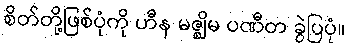
စိတ်တို့ဖြစ်ပုံကို ဟီန မဇ္ဈိမ ပဏီတ ခွဲပြပုံ။